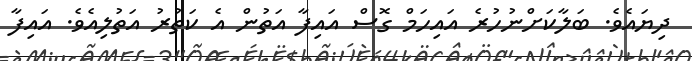
ދިޔައެވެ. ބަލާކަށްނުހުރެ އައިހަމް ގޮސް އައިފާ އަތުން އެ ކަތުރު އަތުލިއެވެ. އައިފާ